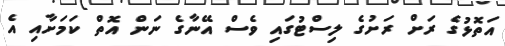
އަތޮޅުގެ ރަށް ރަށުގެ ލިސްޓުގައި ވެސް އޭނާގެ ނަން އޮތް ކަމަށާއި އެ